Scottish Leaving Certificate Examination, 1954
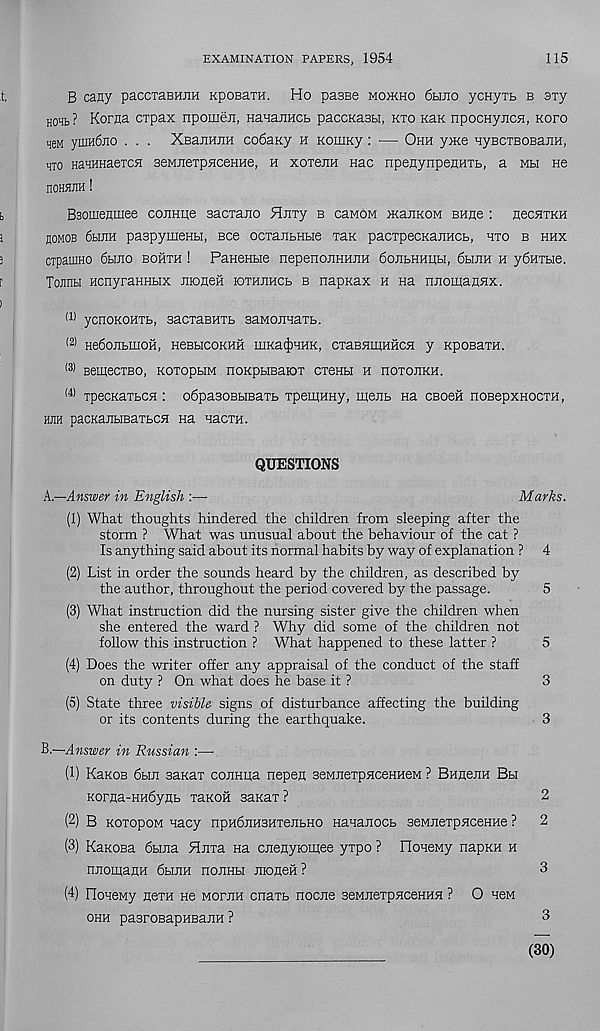
EXAMINATION PAPERS, 1954
115
B cany paccxaBHiiH KpoBam Ho passe moikho 6hjio ycHyxb b 3Ty
HOHb? Korna cxpax npomen, HasaEHCb paccKassi, kto Kax npocHyncH, kopo
« ymH6jio . . . XBanHJiH co6aKy h KouiKy: — Ohh yme HyscTBOBajiH,
hto HaHHHaercH seMJiexpsceHHe, h xoxexH sac npenynpenHTb, a mh ne
nOHHJIH !
Bsomenmee coiiHiie sacxano Hiixy b caMOM xcaiiKOM BHne : necnxKH
noMOB 6hjih paspyiuesbi, see ocxajibHbie xax pacxpecKajiHCb, hxo b hhx
CTpamno 6hjio bohxh ! PaHenbie nepenoiiHHJiH 6ojibHHpbi, 6bmH h y6HXbie.
Tojinu HcnyraHHbix raoneH ioxhehcb b napxax h na njiomanHx.
(1) ycnoKOHXb, sacxaBHXb aaMOJisaTb.
(2) He6oJIbIHOH, HeBbICOKHH IIIKac|)HHK, CXaBHUIHHCH y KpOBaXH.
(3) BemecxBO, KoxopsiM noKpbiBajox cxenbi h noxoiiKH.
(4) xpecKaxbCH : o6pa30Bbmaxb xpeuiHay, meitb m CBoeii noBepxHOCxn,
hjih pacKaiibiBaxbCH na nacm.
QUESTIONS
A—Answer in English :—
Marks.
(1) What thoughts hindered the children from sleeping after the
storm ? What was unusual about the behaviour of the cat ?
Is anything said about its normal habits by way of explanation ? 4
(2) List in order the sounds heard by the children, as described by
the author, throughout the period covered by the passage.
5
(3) What instruction did the nursing sister give the children when
she entered the ward ? Why did some of the children not
follow this instruction ? What happened to these latter ?
5
(4) Does the writer offer any appraisal of the conduct of the staff
on duty ? On what does he base it ?
3
(5) State three visible signs of disturbance affecting the building
or its contents during the earthquake.
3
B.—Answer in Russian :—•
(1) KaKOB 6bm saxaT comma nepen BeMJiexpflcenneM ? BHHenH Bbi
Korna-HH6ynb xaKOH saKax?
2
(2) B KoxopoM uacy npHdnHBHxejibHo Hauanocb seMJiexpHceHHe ? 2
(3) RaKosa 6bma Xnxa na cjrenyioinee yxpo ? noueMy napKH h
nnomaiiH 6buiH nojiHbi jiioneH ?
3
(4) IloHeMy nexH He mopjih cnaxb nocne seMJiexpxcenHH ? O new
ohh pasroBapHBann ?
3
(30)